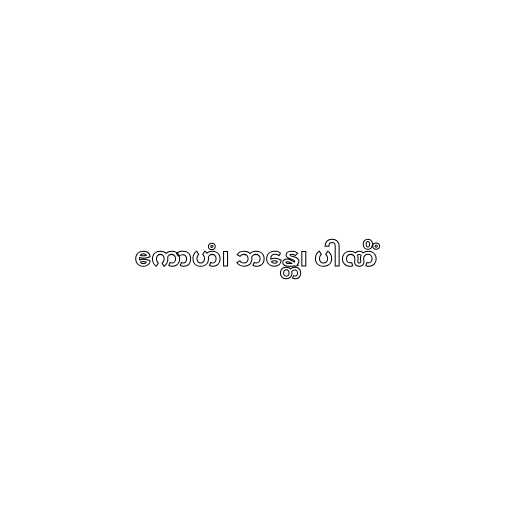
ဧကာဟံ၊ ဘန္တေ၊ ပါဏိံ